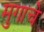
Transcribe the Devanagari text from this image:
मुगाचे